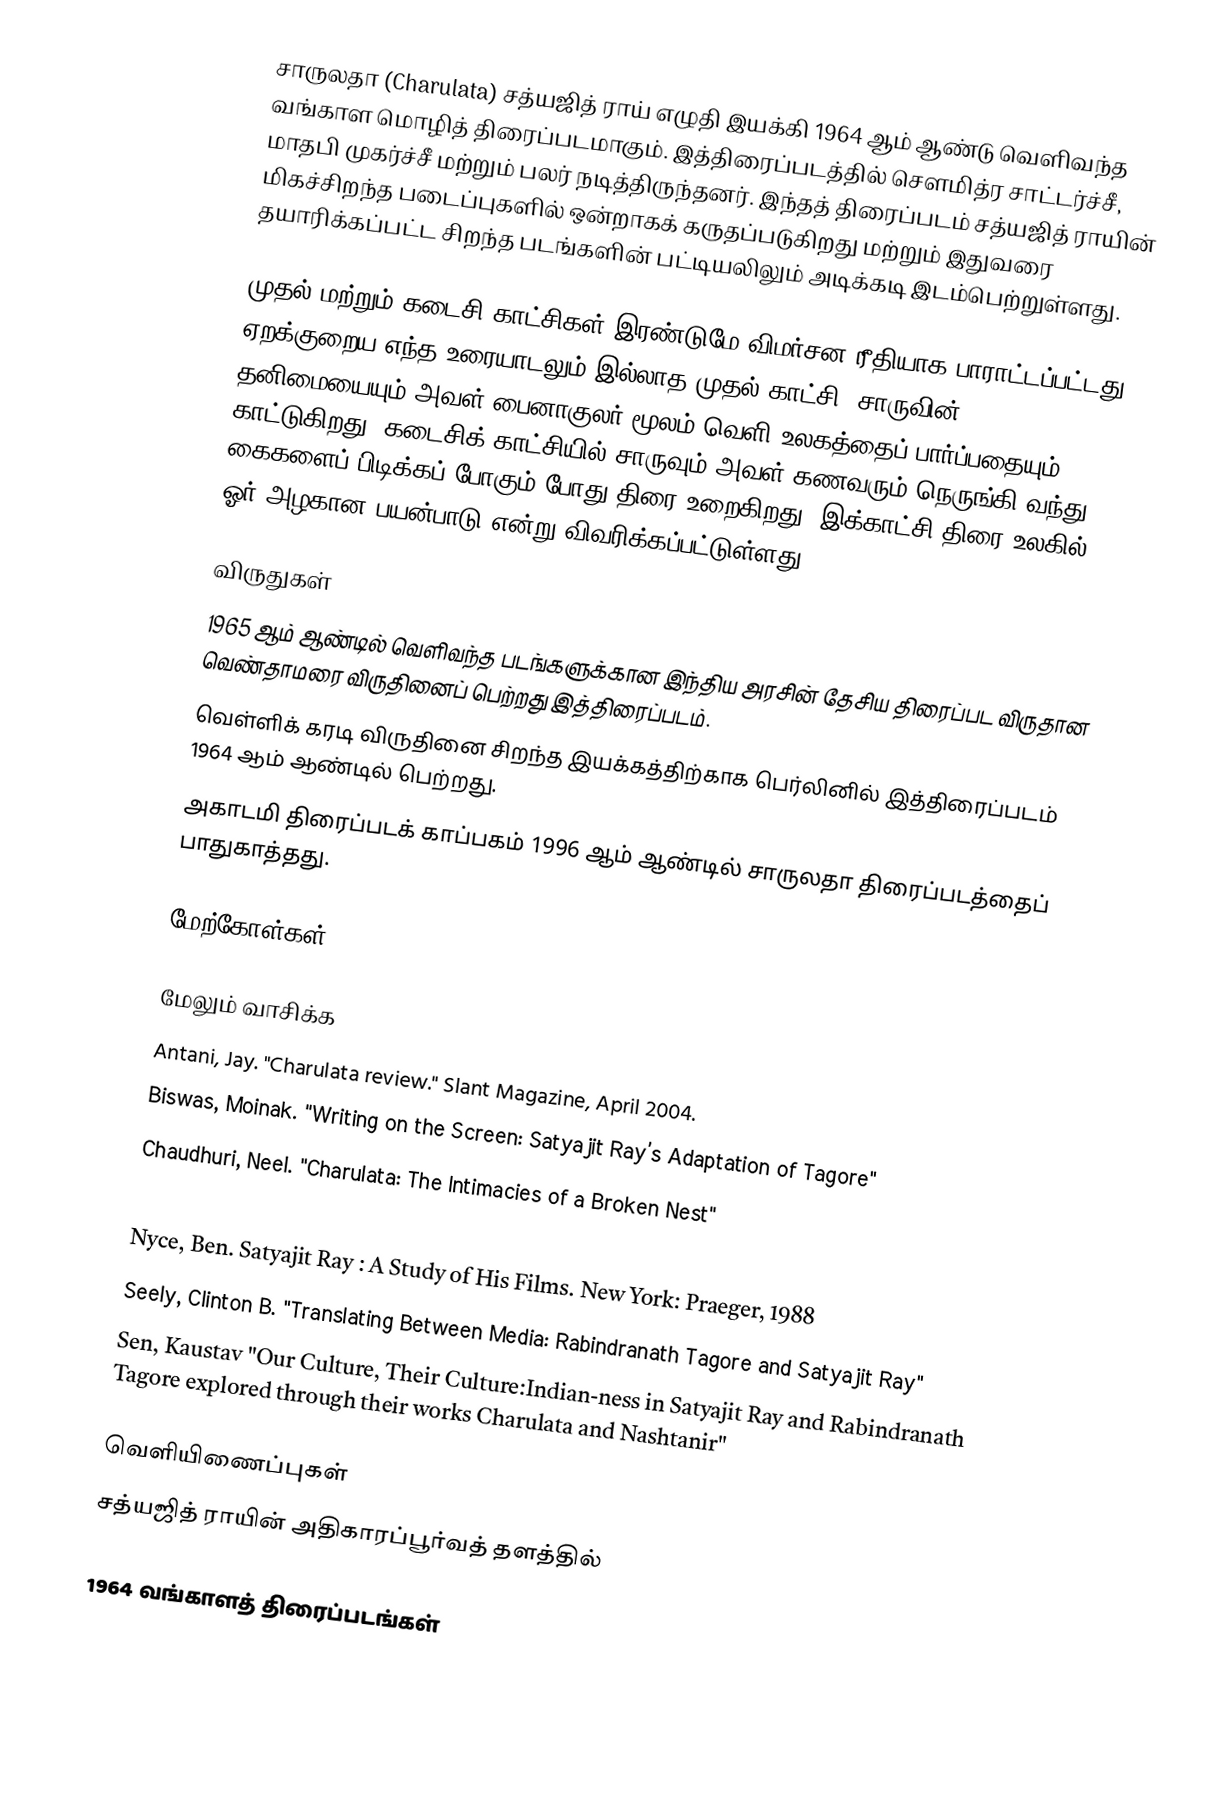
சாருலதா (Charulata) சத்யஜித் ராய் எழுதி இயக்கி  1964 ஆம் ஆண்டு வெளிவந்த வங்காள மொழித் திரைப்படமாகும்.  இத்திரைப்படத்தில் சௌமித்ர சாட்டர்ச்சீ, மாதபி முகர்ச்சீ மற்றும் பலர் நடித்திருந்தனர். இந்தத் திரைப்படம் சத்யஜித் ராயின் மிகச்சிறந்த படைப்புகளில் ஒன்றாகக் கருதப்படுகிறது மற்றும் இதுவரை தயாரிக்கப்பட்ட சிறந்த படங்களின் பட்டியலிலும் அடிக்கடி இடம்பெற்றுள்ளது.

முதல் மற்றும் கடைசி காட்சிகள் இரண்டுமே விமர்சன ரீதியாக பாராட்டப்பட்டது. ஏறக்குறைய எந்த உரையாடலும் இல்லாத முதல் காட்சி, சாருவின் தனிமையையும் அவள் பைனாகுலர் மூலம் வெளி உலகத்தைப் பார்ப்பதையும் காட்டுகிறது. கடைசிக் காட்சியில் சாருவும் அவள் கணவரும் நெருங்கி வந்து கைகளைப் பிடிக்கப் போகும் போது திரை உறைகிறது. இக்காட்சி திரை உலகில் ஓர் அழகான பயன்பாடு என்று விவரிக்கப்பட்டுள்ளது..

விருதுகள்
1965 ஆம் ஆண்டில் வெளிவந்த படங்களுக்கான இந்திய அரசின் தேசிய திரைப்பட விருதான வெண்தாமரை விருதினைப் பெற்றது இத்திரைப்படம்.
வெள்ளிக் கரடி விருதினை சிறந்த இயக்கத்திற்காக பெர்லினில் இத்திரைப்படம் 1964 ஆம் ஆண்டில் பெற்றது.
அகாடமி திரைப்படக் காப்பகம் 1996 ஆம் ஆண்டில் சாருலதா திரைப்படத்தைப் பாதுகாத்தது.

மேற்கோள்கள்

மேலும் வாசிக்க
 Antani, Jay.  "Charulata review." Slant Magazine, April 2004.
 Biswas, Moinak. "Writing on the Screen: Satyajit Ray’s Adaptation of Tagore"
 Chaudhuri, Neel. "Charulata: The Intimacies of a Broken Nest"
 Cooper, Darius.The Cinema of Satyajit Ray:Between Tradition and Modernity Cambridge University Press, 2000.
 Nyce, Ben. Satyajit Ray : A Study of His Films. New York: Praeger, 1988
 Seely, Clinton B. "Translating Between Media: Rabindranath Tagore and Satyajit Ray"
 Sen, Kaustav "Our Culture, Their Culture:Indian-ness in Satyajit Ray and Rabindranath Tagore explored through their works Charulata and Nashtanir"

வெளியிணைப்புகள்
சத்யஜித் ராயின் அதிகாரப்பூர்வத் தளத்தில்

1964 வங்காளத் திரைப்படங்கள்